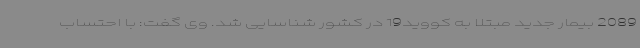
2089 بیمار جدید مبتلا به کووید19 در کشور شناسایی شد. وی گفت: با احتساب